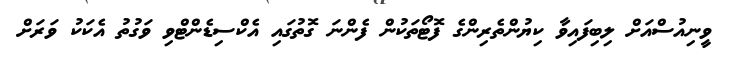
ވީނިއުސްއަށް ލިބިފައިވާ ކިޔުންތެރިންގެ ފޮޓޯތަކުން ފެންނަ ގޮތުގައި އެކްސިޑެންޓްވި ވަގުތު އެކަކު ވަރަށް